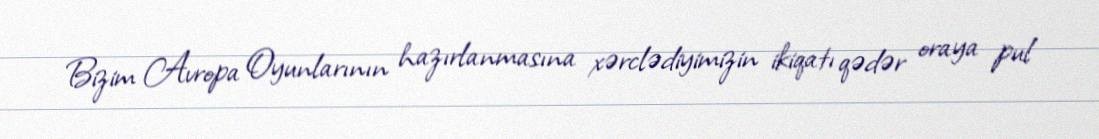
Bizim Avropa Oyunlarının hazırlanmasına xərclədiyimizin ikiqatı qədər oraya pul